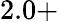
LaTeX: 2.0+